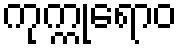
ကုက္ကုရောဝ